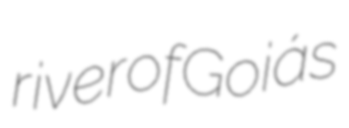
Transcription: river of Goiás